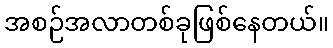
အစဉ်အလာတစ်ခုဖြစ်နေတယ်။